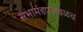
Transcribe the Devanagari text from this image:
सभामंडपजवळच